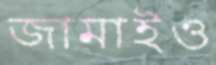
জামাইও